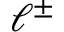
\ell ^ { \pm }